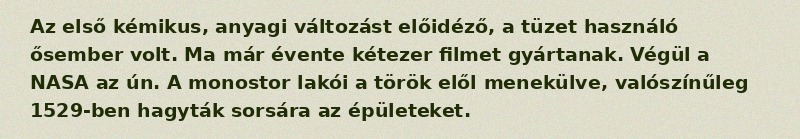
Az első kémikus, anyagi változást előidéző, a tüzet használó ősember volt. Ma már évente kétezer filmet gyártanak. Végül a NASA az ún. A monostor lakói a török elől menekülve, valószínűleg 1529-ben hagyták sorsára az épületeket.